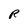
Character: R